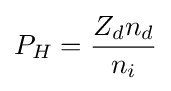
P_{H}={\frac {Z_{d}n_{d}}{n_{i}}}